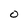
Character: O